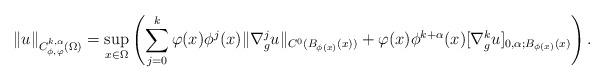
LaTeX: \begin{align*}\| u \|_{C^{k, \alpha}_{\phi, \varphi} (\Omega)} = \sup_{x\in \Omega} \left(\sum_{j=0}^k \varphi(x) \phi^j(x) \| \nabla_g^j u \|_{C^0(B_{\phi(x)}(x))} + \varphi(x) \phi^{k+\alpha}(x) [\nabla^k_g u]_{0, \alpha; B_{\phi(x)}(x)}\right).\end{align*}